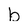
Character: b